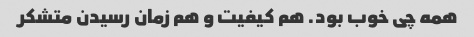
همه چی خوب بود. هم کیفیت و هم زمان رسیدن متشکر